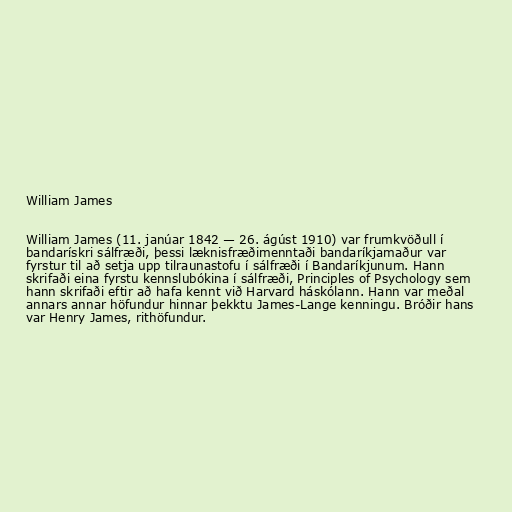
William James

William James (11. janúar 1842 — 26. ágúst 1910) var frumkvöðull í
bandarískri sálfræði, þessi læknisfræðimenntaði bandaríkjamaður var
fyrstur til að setja upp tilraunastofu í sálfræði í Bandaríkjunum. Hann
skrifaði eina fyrstu kennslubókina í sálfræði, Principles of Psychology sem
hann skrifaði eftir að hafa kennt við Harvard háskólann. Hann var meðal
annars annar höfundur hinnar þekktu James-Lange kenningu. Bróðir hans
var Henry James, rithöfundur.